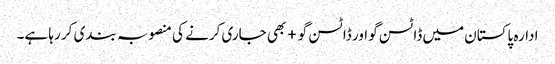
ادارہ پاکستان میں ڈاٹسن گو اور ڈاٹسن گو+ بھی جاری کرنے کی منصوبہ بندی کر رہا ہے۔